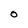
Character: O